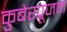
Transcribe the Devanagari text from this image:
कुबेरपूजन